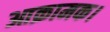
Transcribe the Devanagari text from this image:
आक्रामक।